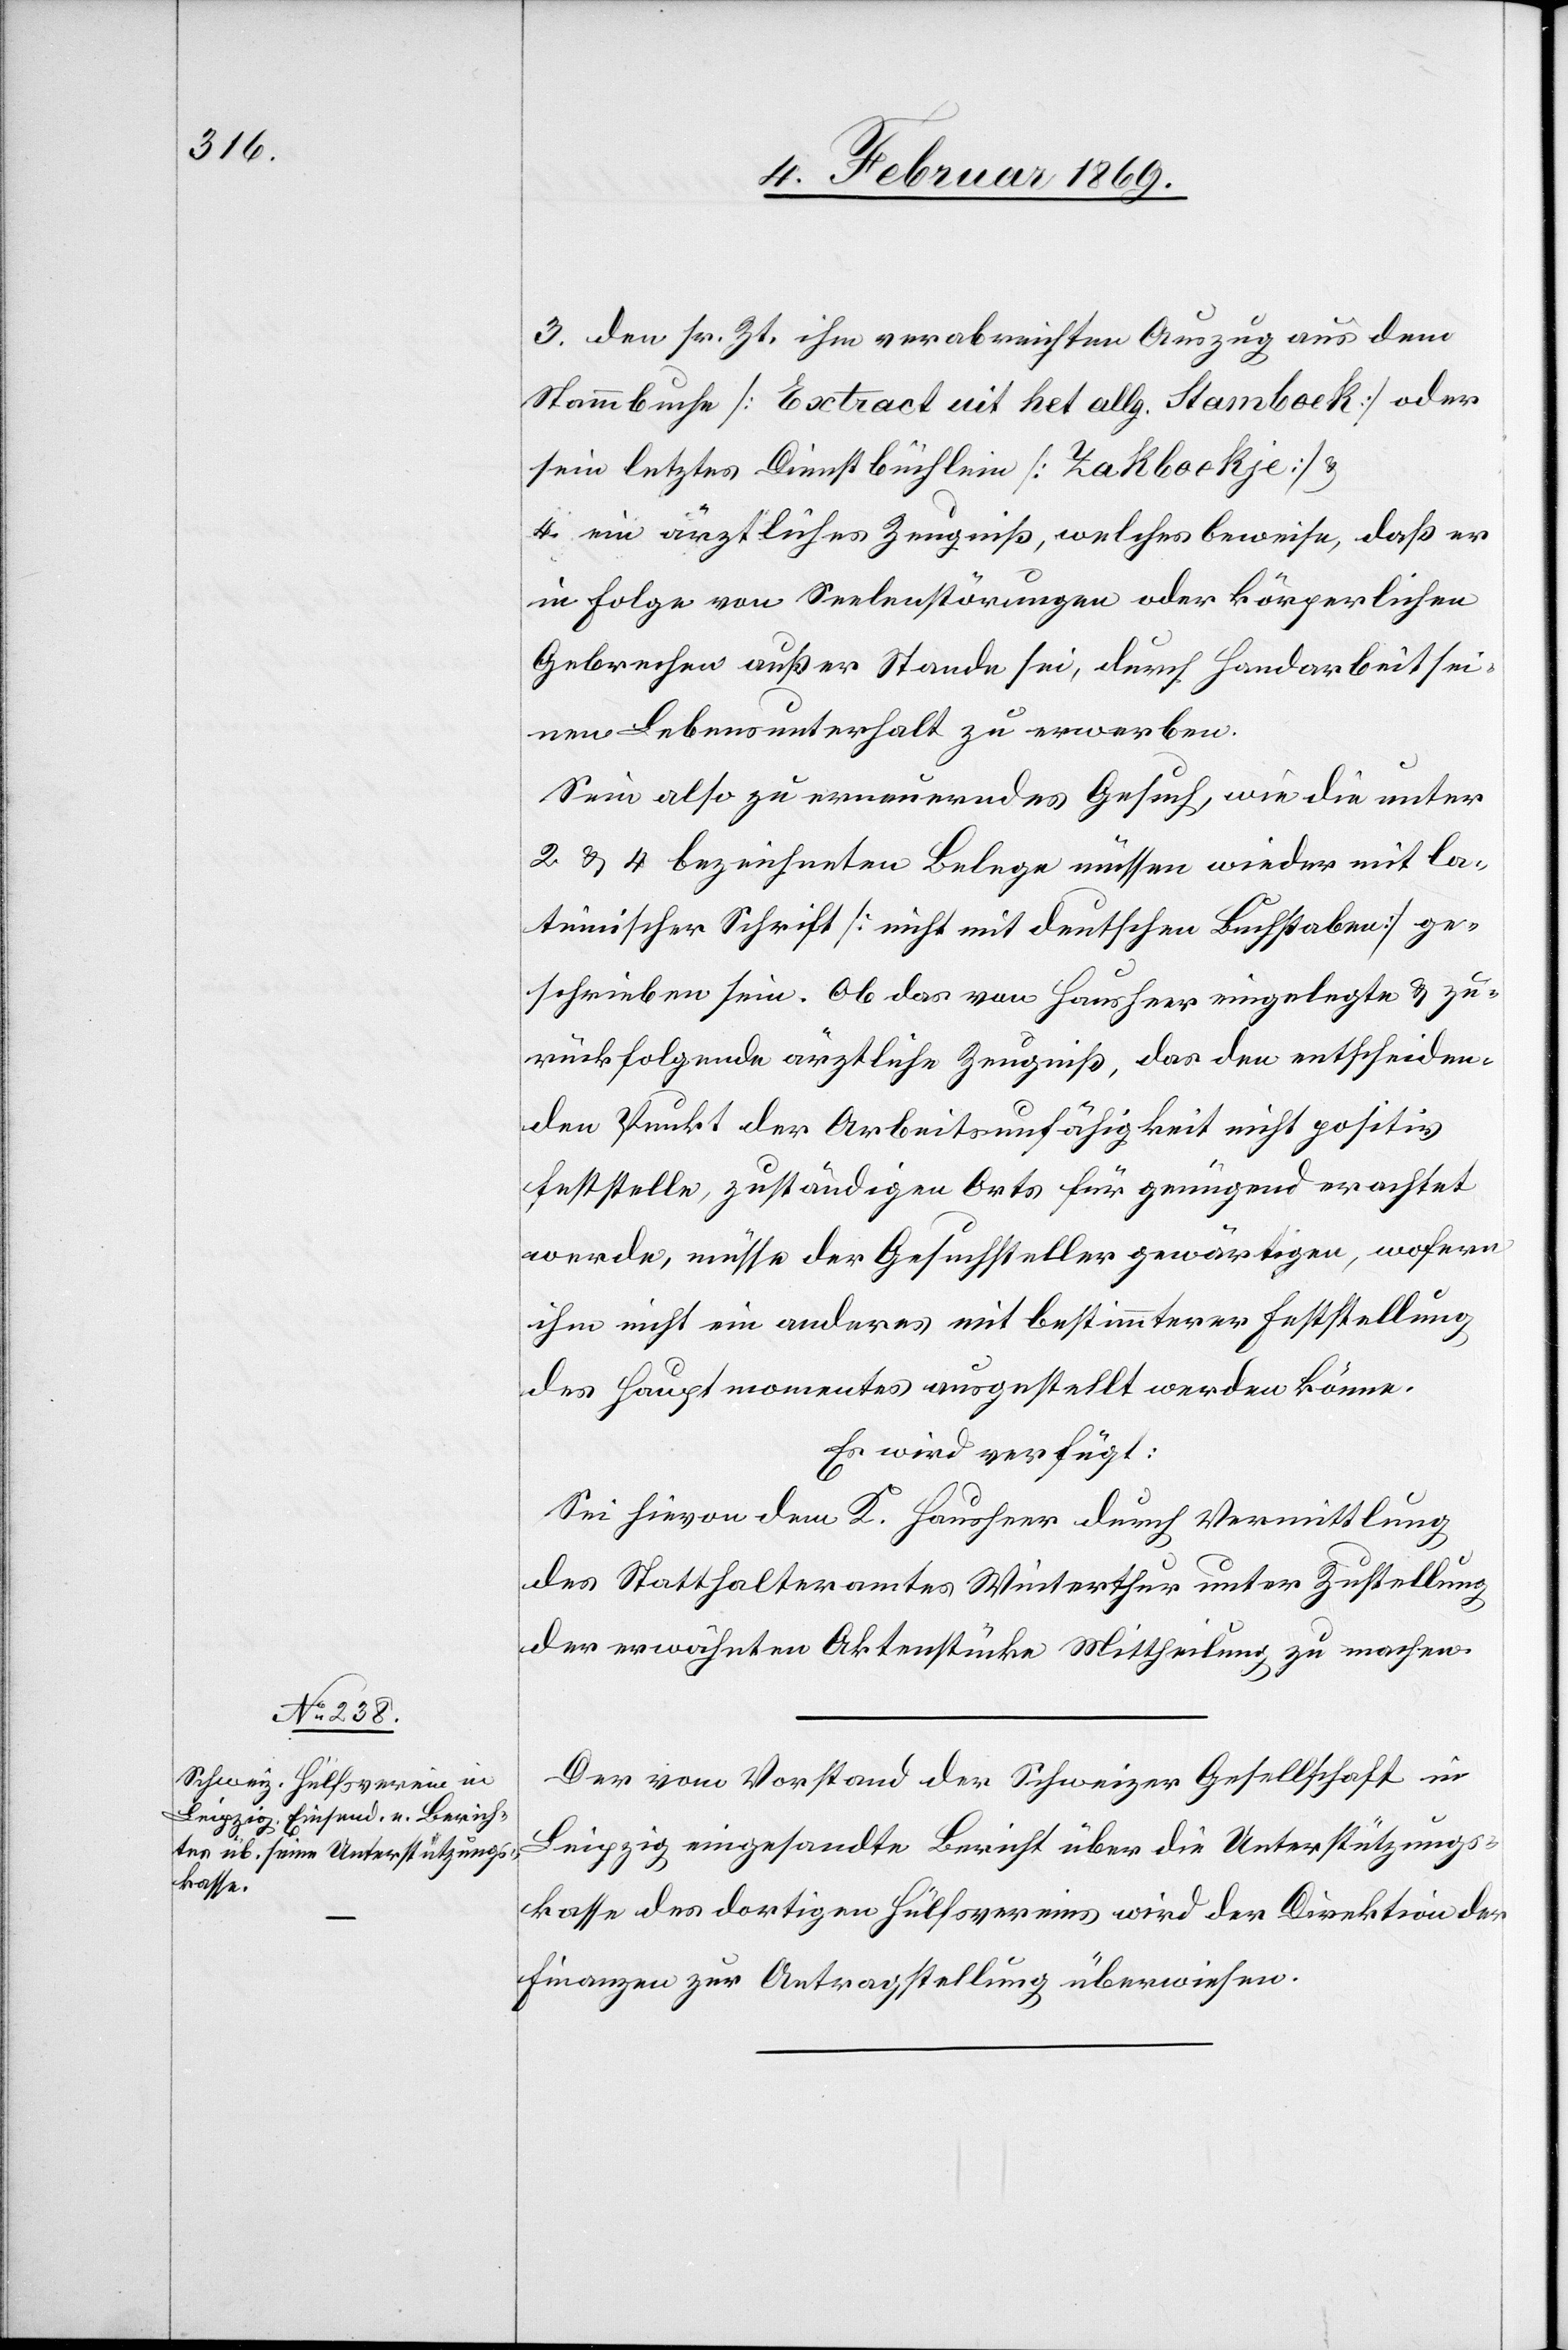
6. Februar 1869.]
3. den sr. Zeit ihm verabreichten Auszug aus dem
Stammbuche [Extract nit het allg. Stamboek] oder
sein letztes Dienstbüchlein [Takboekje] u.
4. ein ärztliches Zeugniss, welches beweise, daß er
in Folge von Seelenstörungen oder körperlichen
Gebrechen außer Stande sei, durch Handarbeit sei¬
nen Lebensunterhalt zu erwerben.
Sein also zu erneuerndes Gesuch, wie die unter
2. u. 4. bezeichneten Belege müssen wieder mit la¬
teinischer Schrift [nicht mit deutschen Buchstaben] ge¬
schrieben sein. Ob das von Hausheer eingelegte u. zu¬
rückfolgende ärztliche Zeugniß, das den entscheiden¬
den Punkt der Arbeitsunfähigkeit nicht positiv
feststelle, zuständigen Orts für genügend erachtet
werde, müsse der Gesuchsteller gewärtigen, wofern
ihm nicht ein anderes mit bestimmterer Feststellung
des Hauptmomentes ausgestellt werden könne.
Es wird verfügt:
Sei hievon dem K. Hausheer durch Vermittlung
des Statthalteramtes Winterthur unter Zustellung
der erwähnten Aktenstücke Mittheilung zu machen.
Der vom Vorstand der Schweizer Gesellschaft in
Leipzig eingesandte Bericht über die Unterstützungs¬
kasse des dortigen Hülfsvereines wird der Direktion der
Finanzen zur Antragstellung überwiesen.